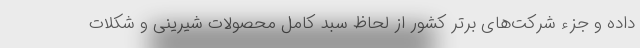
داده و جزء شرکت‌های برتر کشور از لحاظ سبد کامل محصولات شیرینی و شکلات